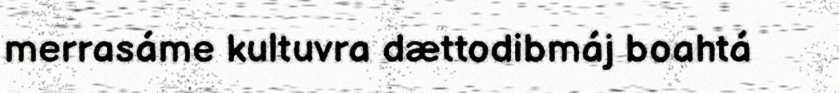
merrasáme kultuvra dættodibmáj boahtá